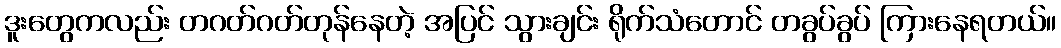
ဒူးတွေကလည်း တဂတ်ဂတ်တုန်နေတဲ့ အပြင် သွားချင်း ရိုက်သံတောင် တခွပ်ခွပ် ကြားနေရတယ်။